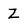
Character: z